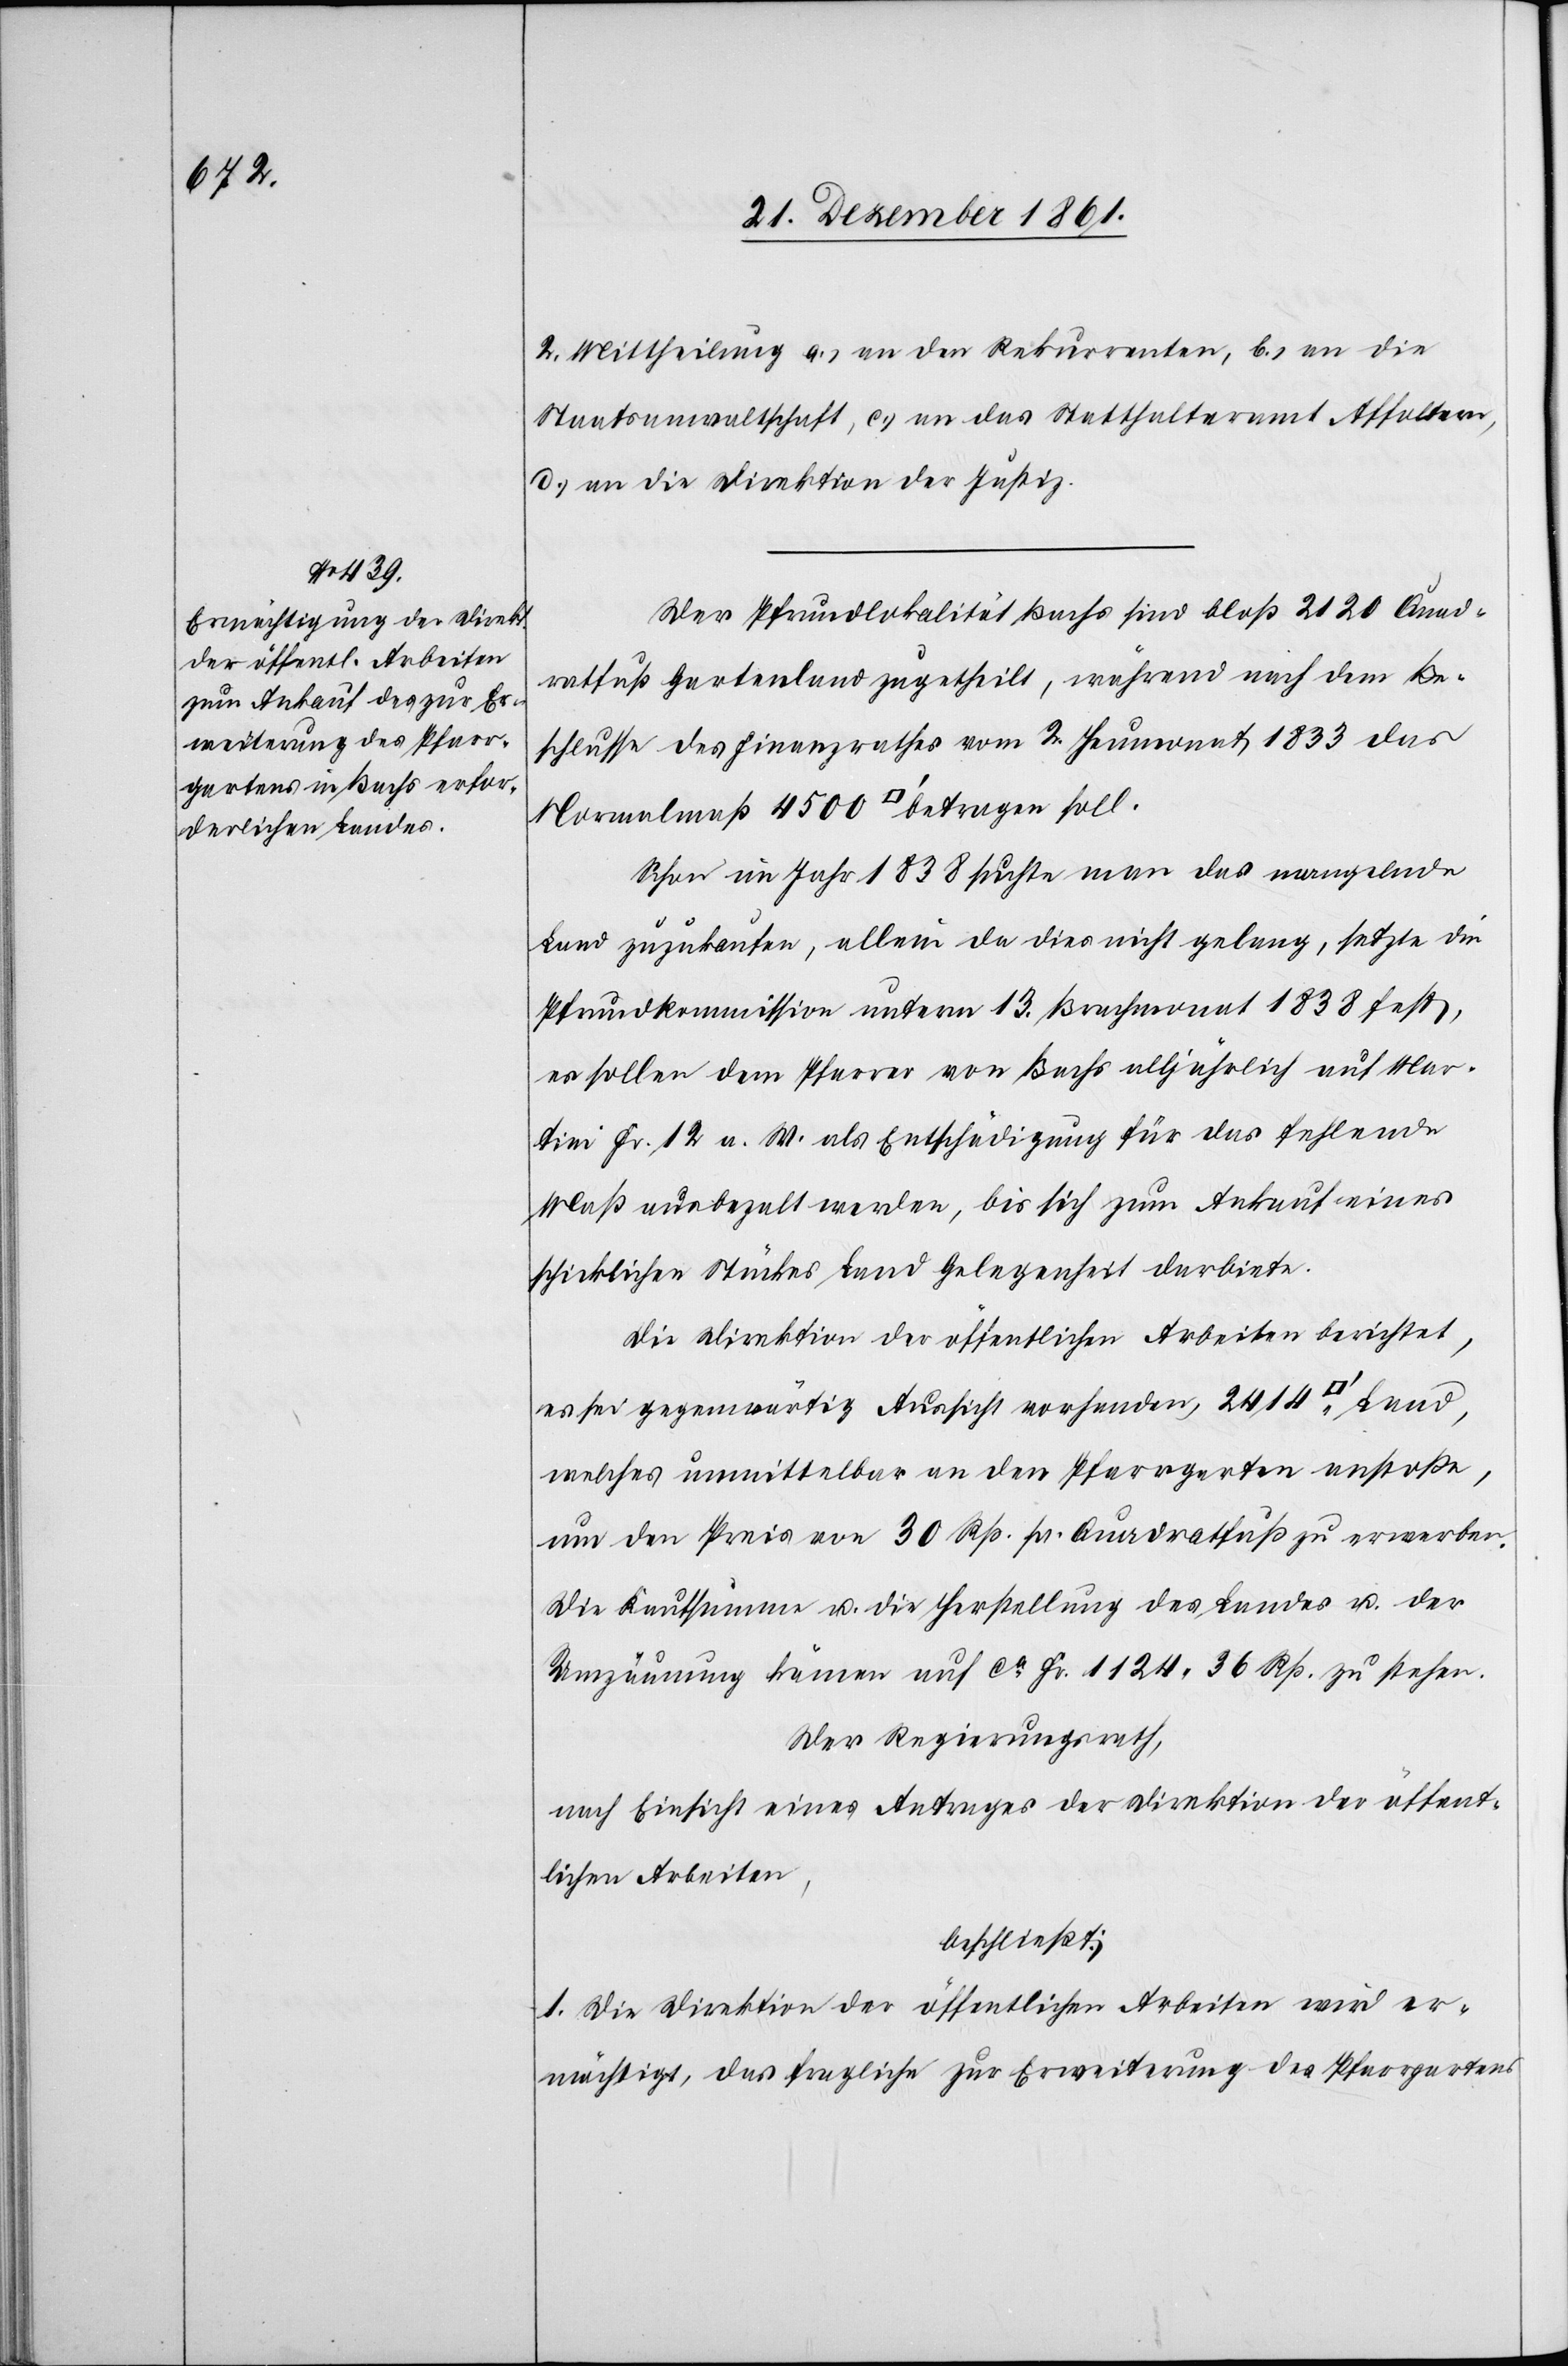
2. Mittheilung a.) an den Rekurrenten, b.) an die
Staatsanwaltschaft, c.) an das Statthalteramt Affoltern,
d.) an die Direktion der Justiz.
Der Pfrundlokalität Bachs sind bloß 2120 Quad¬
ratfuß Gartenland zugetheilt, während nach dem Be¬
schlusse des Finanzrathes vom 2 Heumonat 1833 das
Normalmaß 4500 [Quadratfuß] betragen soll.
Schon im Jahr 1838 suchte man das mangelnde
Land zuzukaufen, allein da dies nicht gelang, setzte die
Pfrundkommission unterm 13 Brachmonat 1838 fest,
es sollen dem Pfarrer von Bachs alljährlich auf Mar¬
tini Fr. 12 a. W. als Entschädigung für das folgende
Maß ausbezalt werden, bis sich zum Ankauf eines
schicklichen Stückes Land Gelegenheit darbiete.
Die Direktion der öffentlichen Arbeiten berichtet,
es sei gegenwärtig Aussicht vorhanden, 2414 [Quadratfuß]
welches unmittelbar an den Pfarrgarten anstoße,
um den Preis von 30 Rp. pr. Quadratfuß zu erwerben.
Die Kaufsumme u. die Herstellung des Landes u. der
Umzäunung kämen auf ca Fr. 1124. 36 Rp. zu stehen.
Der Regierungsrath,
nach Einsicht eines Antrages der Direktion der öffent¬
lichen Arbeiten,
beschließt:
1. Die Direktion der öffentlichen Arbeiten wird er¬
mächtigt, das fragliche zur Erweiterung des Pfarrgartens